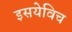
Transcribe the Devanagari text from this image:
इसयेविच